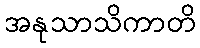
အနုသာသိကာတိ